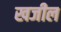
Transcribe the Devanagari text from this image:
खजील